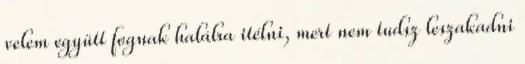
velem együtt fognak halálra itélni, mert nem tudsz leszakadni